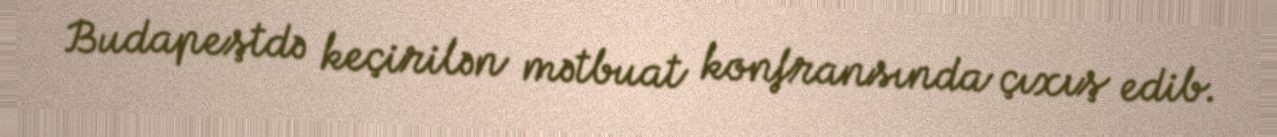
Budapeştdə keçirilən mətbuat konfransında çıxış edib.